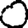
Digit: 0